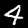
Label: 4